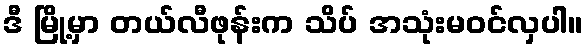
ဒီ မြို့မှာ တယ်လီဖုန်းက သိပ် အသုံးမဝင်လှပါ။